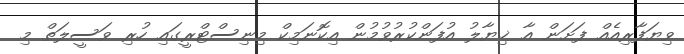
ވިޔަފާރިއެއް ފަށަން އާ ޚިޔާލު އުފަންކުުރުވުމުން އިކޮނަމިކް މިނިސްޓްރީގައި ހުރި ވަސީލަތް މި